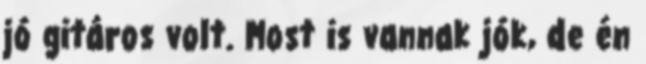
jó gitáros volt. Most is vannak jók, de én